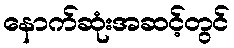
နောက်ဆုံးအဆင့်တွင်